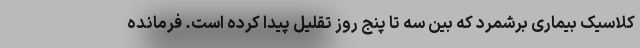
کلاسیک بیماری برشمرد که بین سه تا پنج روز تقلیل پیدا کرده است. فرمانده